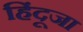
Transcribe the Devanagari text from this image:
हिंदूजा